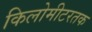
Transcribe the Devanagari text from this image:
किलोमीटरतक